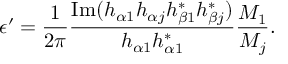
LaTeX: \epsilon ^ { \prime } = \frac { 1 } { 2 \pi } \frac { \mathrm { I m } ( h _ { \alpha 1 } h _ { \alpha j } h _ { \beta 1 } ^ { * } h _ { \beta j } ^ { * } ) } { h _ { \alpha 1 } h _ { \alpha 1 } ^ { * } } \frac { M _ { 1 } } { M _ { j } } .